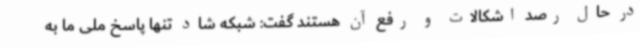
در حال رصد اشکالات و رفع آن هستند گفت: شبکه شاد تنها پاسخ ملی ما به